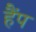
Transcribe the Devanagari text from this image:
हैंप